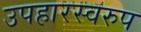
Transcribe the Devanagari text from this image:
उपहारस्वरुप